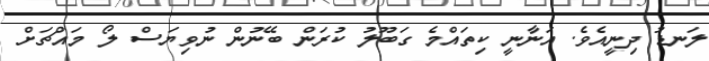
ލަނޑު ދިނީއެވެ. އަނާނީ ކިތައްމެ ގަބޫލު ކުރަން ބޭނުން ނުވިޔަސް ލޯ މައްޗަށް